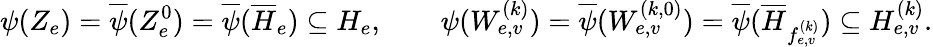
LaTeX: \psi(Z_{e})=\overline{{\psi}}(Z_{e}^{0})=\overline{{\psi}}(\overline{{H}}_{e})\subseteq H_{e},\qquad\psi(W_{e,v}^{(k)})=\overline{{\psi}}(W_{e,v}^{(k,0)})=\overline{{\psi}}(\overline{{H}}_{f_{e,v}^{(k)}})\subseteq H_{e,v}^{(k)}.